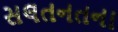
સલતનતના